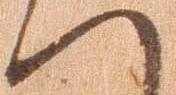
へ